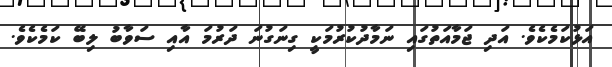
އަޅުކަމެކެވެ. އަދި ޖަމާއަތުގައި ނަމާދުކުރުމަކީ ގިނަގުނަ ދަރުމަ އާއި ސަވާބު ލިބޭ ކަމެކެވެ.